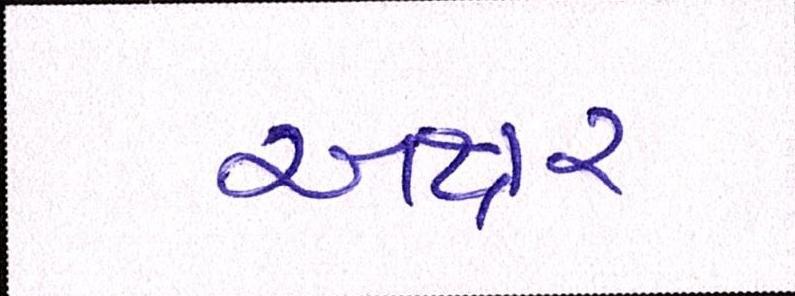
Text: અક્ષર